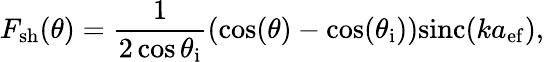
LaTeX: F_{\mathrm{{sh}}}(\theta)=\frac{1}{2\cos{\theta_{\mathrm{{i}}}}}(\cos(\theta)-\cos(\theta_{\mathrm{i}}))\mathrm{sinc}(ka_{\mathrm{ef}}),